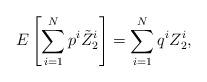
LaTeX: \begin{align*} E\left[\sum_{i=1}^N p^i\tilde{Z}_2^i\right] = \sum_{i=1}^N q^i Z_2^i,\end{align*}